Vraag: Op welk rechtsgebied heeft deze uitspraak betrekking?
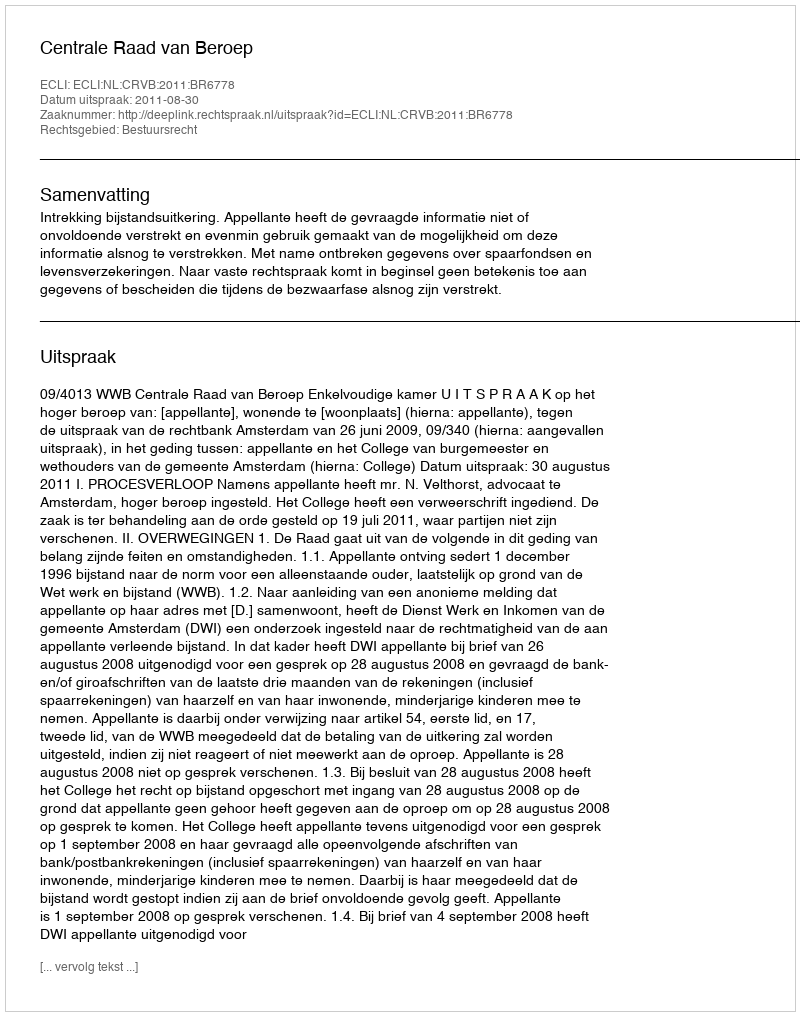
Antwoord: Bestuursrecht